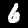
Digit: 6